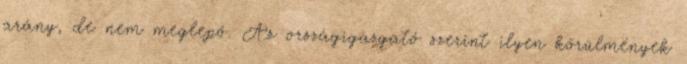
arány, de nem meglepő. Az országigazgató szerint ilyen körülmények